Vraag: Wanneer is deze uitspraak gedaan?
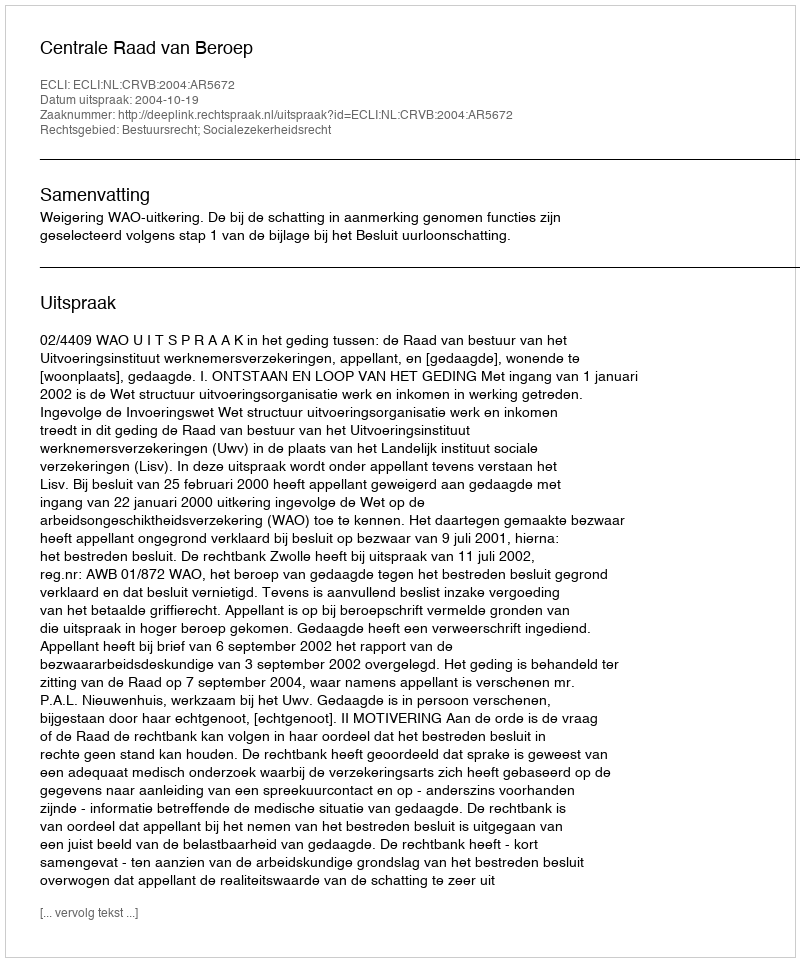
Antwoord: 2004-10-19